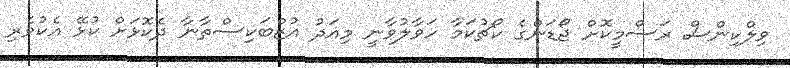
ވިލްކިންސް ރަސްމީކޮށް ޖޯޑަންގެ ކޯޗުކަމާ ހަވާލުވާނީ މިއަދު އުޒްބަކިސްތާނާ ދެކޮޅަށް ކުޅޭ އެކުވެރި